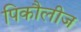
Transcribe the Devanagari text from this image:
पिकौलीज